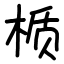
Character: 𬃊